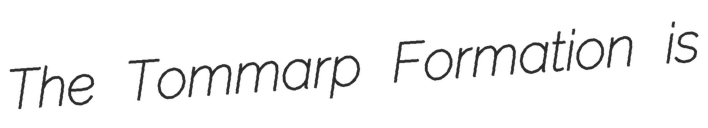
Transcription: The Tommarp Formation is